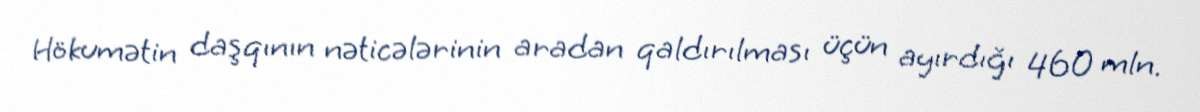
Hökumətin daşqının nəticələrinin aradan qaldırılması üçün ayırdığı 460 mln.